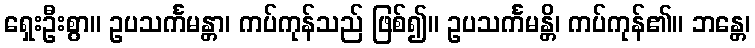
ရှေးဦးစွာ။ ဥပသင်္ကမန္တာ၊ ကပ်ကုန်သည် ဖြစ်၍။ ဥပသင်္ကမန္တိ၊ ကပ်ကုန်၏။ ဘန္တေ၊